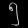
Digit: ၅